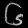
Digit: ၆